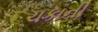
ચકાની